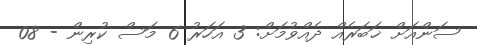
ސަންއަށް ޚަބަރެއް ދެއްވުމަށް: 3 އަހަރު 6 މަސް ކުރިން - 08